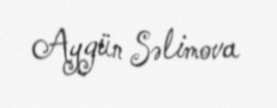
Aygün Səlimova